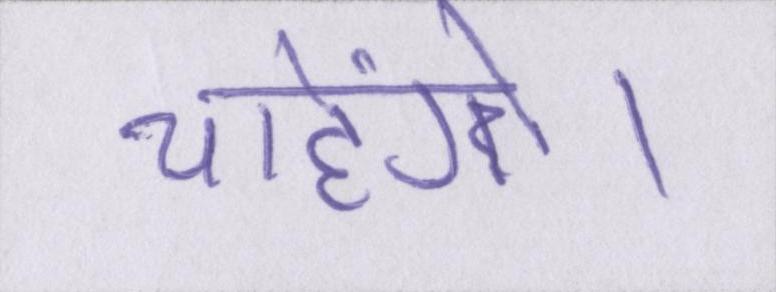
चाहेंगे।